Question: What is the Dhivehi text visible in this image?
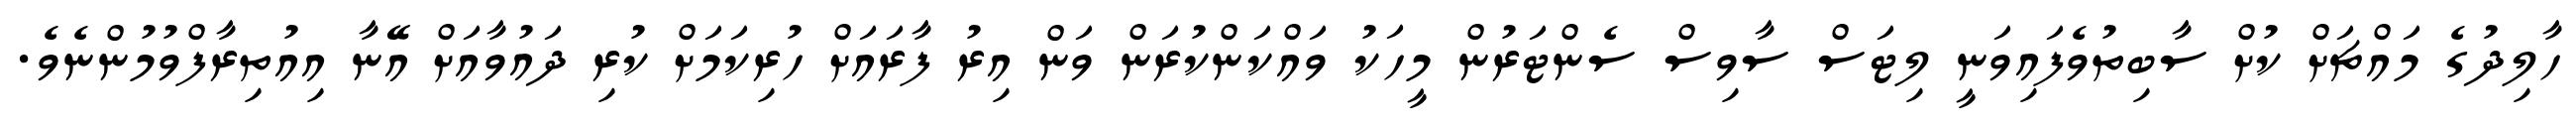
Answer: ހާލިދުގެ މައްޗަށް ކުށް ސާބިތުވެފައިވަނީ ލިޓަސް ސާވިސް ސެންޓަރުން މީހަކު ވައްކަންކުރަން ވަން އިރު ފާރައަށް ހުރިކަމަށް ކުރި ދައުވާއަށް އޭނާ އިއުތިރާފްވުމުންނެވެ.